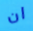
ان